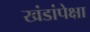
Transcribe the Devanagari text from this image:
खंडांपेक्षा